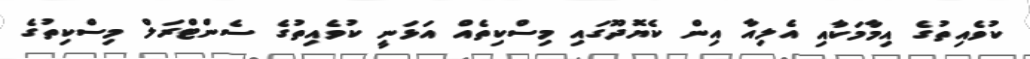
ކުވެއިތުގެ އިމާމަކާއި އެލިއާ އިން ކެޔޮދޫގައި މިސްކިތެއް އަޅަނީ ކުވެއިތުގެ ސެންޓްރަލް މިސްކިތުގެ